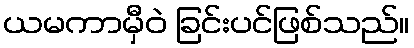
ယမကာမှီဝဲ ခြင်းပင်ဖြစ်သည်။